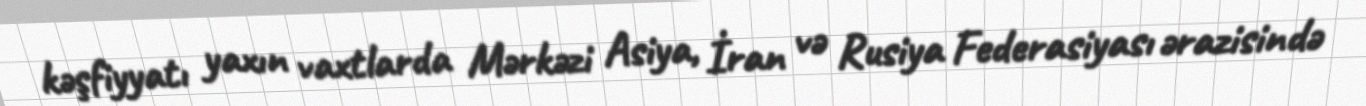
kəşfiyyatı yaxın vaxtlarda Mərkəzi Asiya, İran və Rusiya Federasiyası ərazisində